Report on the Nagpur School of Medicine, Central Provinces
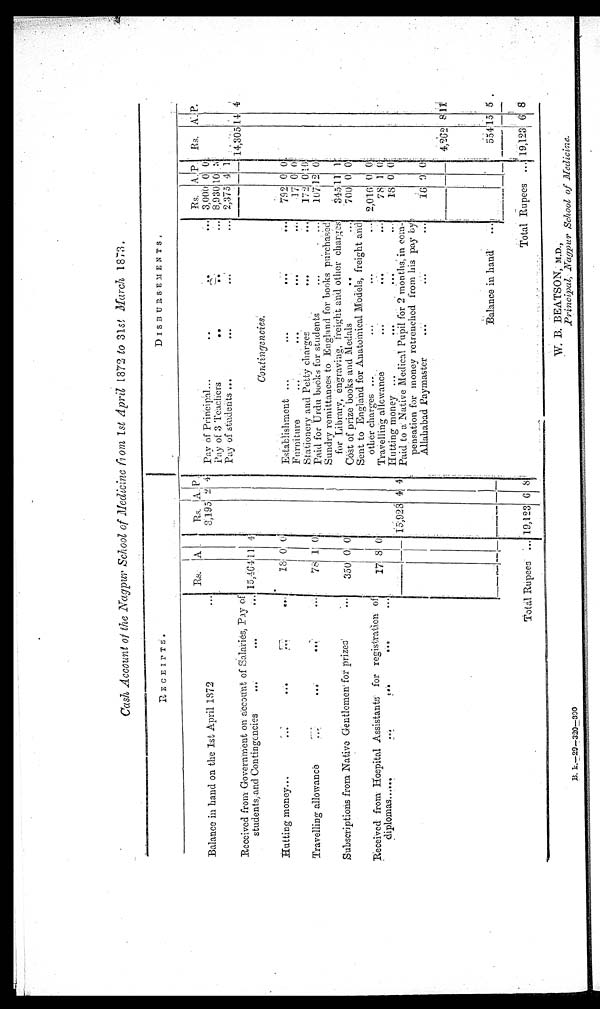
B . k . — 2 9 — 3 2 0 — 3 0 0
W. B. BEATSON, M.D.,
Principal, Nagpur School of Medicine
RECEIPTS.
D I S B U R S E M E N T S .
Rs. A
Rs.
A
P.
Rs. A.
P .
R s . A . P .
Balance in hand on the 1st April 1872
3,195 2 4 Pay of Principal ...
...
. . .
. . . 3, 000
0 0
Pay of 3 Teachers
...
. . .
. . .
8,930 1 0 3
Pay of students ...
...
. . .
. . .
2,375 4 1
Received from Government on account of Salaries, Pay of
students, and Contingencies
...
...
. . .
1 5 , 4 6 4 1 1
4
1 4 , 3 0 5 1 4 4
Contingencies.
Hutting money
...
...
. . .
18 0 0
Establishment ...
...
...
. . .
7 9 2
0 0
Tr avelling allowance
...
...
. . .
7 8
1
0
Furniture ...
...
...
. . .
17 0 0
Stationery and Petty charges
...
. . .
172 0
0
Paid for Urdu books for students
...
. . .
107
1 2 0
Subscriptions from Native Gentlemen for prizes
3 5 0 0 0
Sundry remittances to England for books purchased
for Library, engraving, freight and other charges
345
1 1 1
Cost of prize books and Medals
...
...
700 0 0
Received from Hospital Assistants for registration o
f diplomas
...
...
. . .
1 7 8 0
Sent to England for Anatomical Models, freight and
other charges ...
...
...
. . . 2,016 0 0
Travelling allowance
...
...
. . .
78 1 0
Hutting money ...
...
. . .
. . .
1 8 0 0
1 5 , 9 2 8
4
4
Paid to a Native Medical Pupil for 2 months, in com
¬pensation for money retrenched from his pay by
Allahabad Paymaster
...
...
. . .
16 0 0
4 , 2 6 2 8
1 1
Balance in hand
...
554 15 5
Total Rupees
. . .
1 9 , 1 2 3 6 8
Total Rupees
...
1 9 , 1 2 3
6 8